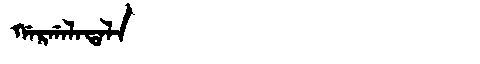
Manchu: ᡤᠠᡵᡤᠠᠯᠠᡨᠠᠯᠠ
Romanization: GARGALATALA